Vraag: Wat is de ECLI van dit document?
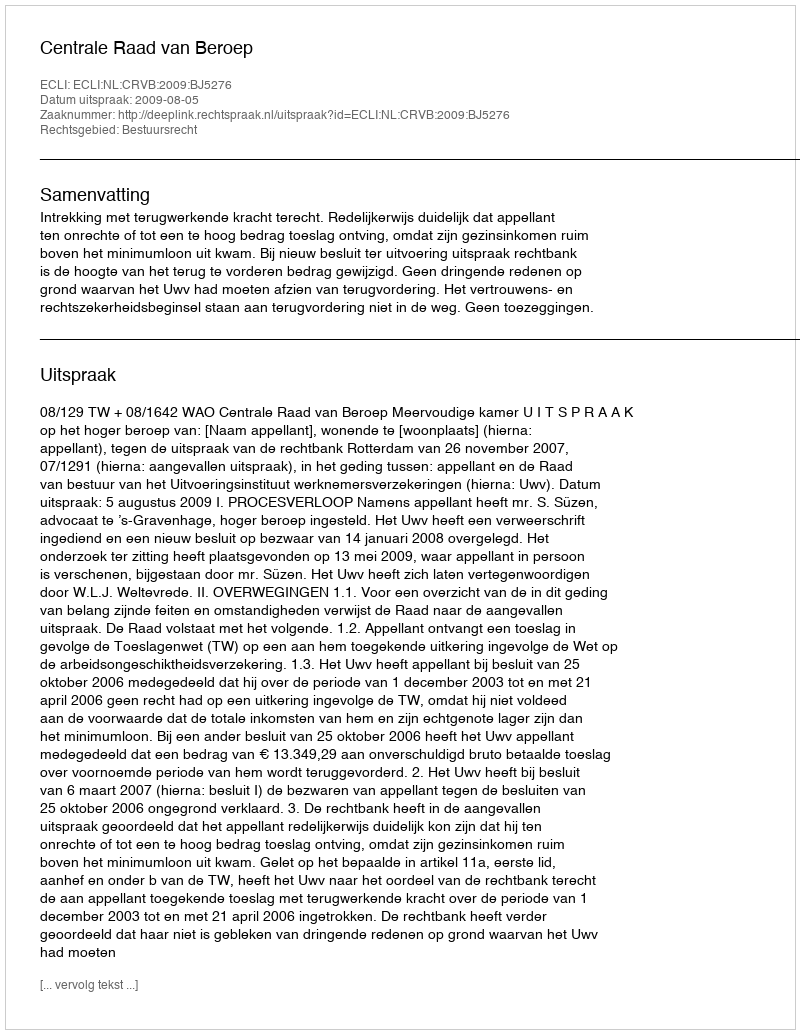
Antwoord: ECLI:NL:CRVB:2009:BJ5276